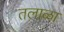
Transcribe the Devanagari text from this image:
तलाळा